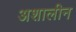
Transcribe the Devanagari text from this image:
अशालीन